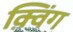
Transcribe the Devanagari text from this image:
क़्विंग